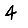
Digit: 4